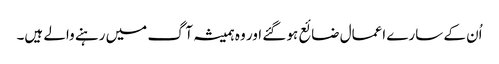
اُن کے سارے اعمال ضائع ہو گئے اور وہ ہمیشہ آگ میں رہنے والے ہیں۔